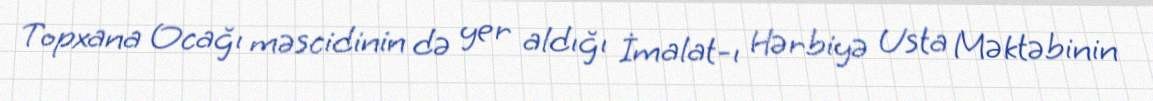
Topxana Ocağı məscidinin də yer aldığı İmalat-ı Hərbiyə Usta Məktəbinin